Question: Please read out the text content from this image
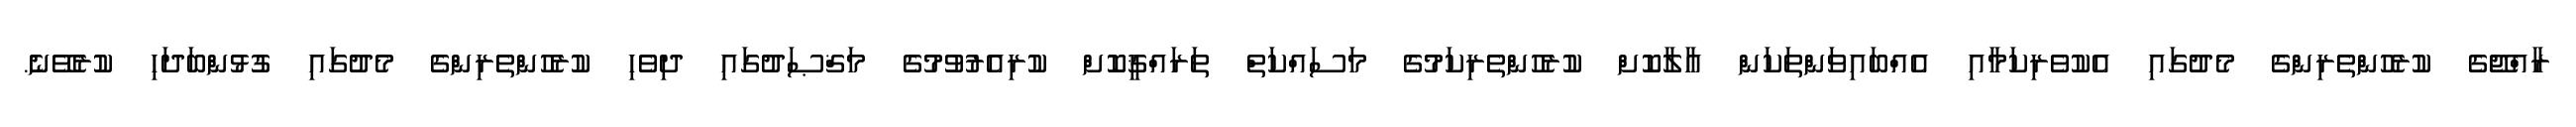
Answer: ރާއްޖޭގެ ކުރެހުންތެރިންގެ މެދުގައި އެކުވެރިކަމާއި އެއްބައިވަންތަކަން އާލާކޮށް ކުރެހުންތެރިކަމުގެ މަސައްކަތް ތަރައްޤީކޮށް ކުރިއެރުވުމުގެ މަޤްޞަދުގައި ދިވެހި ކުރެހުންތެރިންގެ މެދުގައި ގުޅުންބަދަހި ކުރެވޭނެ.